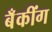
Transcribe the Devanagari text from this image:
बॅँकींग